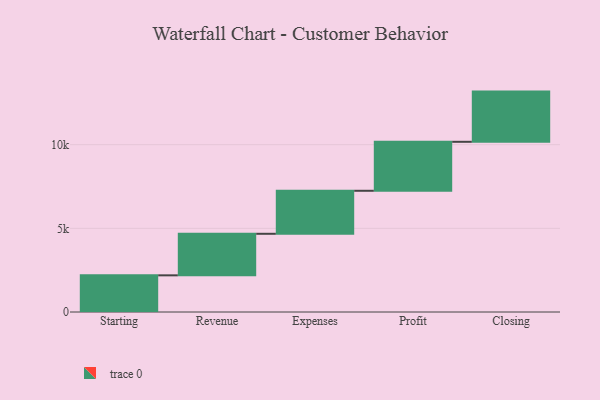
{"axis": {"x": "Step", "y": "Value"}, "legend": [""], "data": [{"x": "Starting", "y": 2191.0, "type": ""}, {"x": "Revenue", "y": 2483.0, "type": ""}, {"x": "Expenses", "y": 2570.0, "type": ""}, {"x": "Profit", "y": 2927.0, "type": ""}, {"x": "Closing", "y": 3000, "type": ""}]}